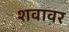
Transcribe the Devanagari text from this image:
शवावर